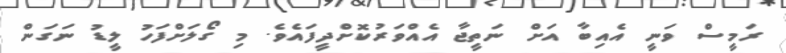
ރަމީސް ވަނީ އެއިބާ އަށް ނަތީޖާ އެއްވަރުކޮށްދީފައެވެ. މި ގޯލަށްފަހު ލީޑު ނަގަން